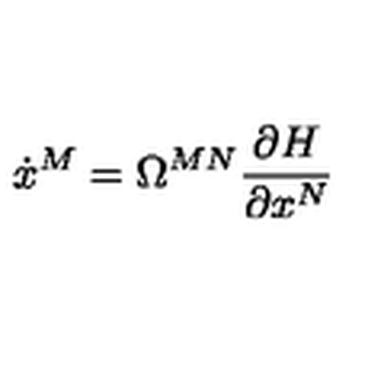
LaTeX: \dot { x } ^ { M } = \Omega ^ { M N } \frac { \partial H } { \partial x ^ { N } }